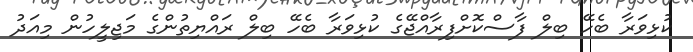
ކުޅިވަރާ ބެހޭ ބިލް ފާސްކޮށްފިރާއްޖޭގެ ކުޅިވަރާ ބެހޭ ބިލް ރައްޔިތުންގެ މަޖިލީހުން މިއަދު